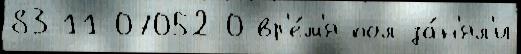
83-11-07052-0 вр'е́м'я пол за́н'ял'и